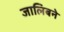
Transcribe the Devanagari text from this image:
जालिबने